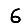
Digit: 6